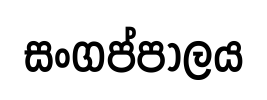
සංගප්පාලය